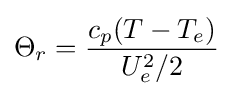
\Theta _{r}={\frac {c_{p}(T-T_{e})}{U_{e}^{2}/2}}